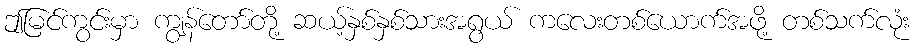
ဤမြင်ကွင်းမှာ ကျွန်တော်တို့ ဆယ့်နှစ်နှစ်သားအရွယ် ကလေးတစ်ယောက်အဖို့ တစ်သက်လုံး